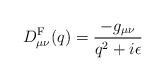
LaTeX: \begin{align*}D_{\mu\nu}^{\rm F}(q) = \frac{-g_{\mu\nu}}{q^2+i\epsilon}\end{align*}